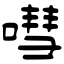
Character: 嘒